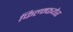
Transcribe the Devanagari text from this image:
फिल्म्फयेर